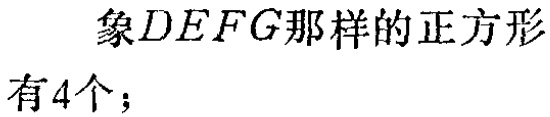
象$DEFG$那样的正方形有4个；